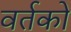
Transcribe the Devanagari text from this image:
वर्तकों